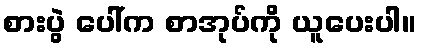
စားပွဲ ပေါ်က စာအုပ်ကို ယူပေးပါ။